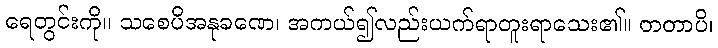
ရေတွင်းကို။ သစေပိအနုခဏေ၊ အကယ်၍လည်းယက်ရာတူးရာသေး၏။ တတာပိ၊